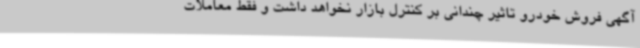
آگهی فروش خودرو تاثیر چندانی بر کنترل بازار نخواهد داشت و فقط معاملات